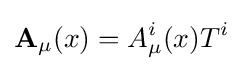
\mathbf {A} _{\mu }(x)=A_{\mu }^{i}(x)T^{i}